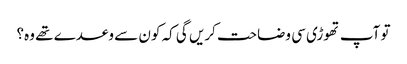
تو آپ تھوڑی سی وضاحت کریں گی کہ کون سے وعدے تھے وہ؟